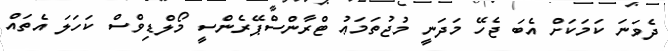
ދެވަނަ ކަމަކަށް އެބަ ޖެހޭ މަދަނީ މުޖުތަމަޢު ޓްރާންސްޕޭރެންސީ މޯލްޑިވްސް ކަހަލަ އެތައް